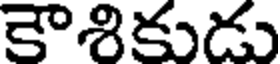
కౌశికుడు